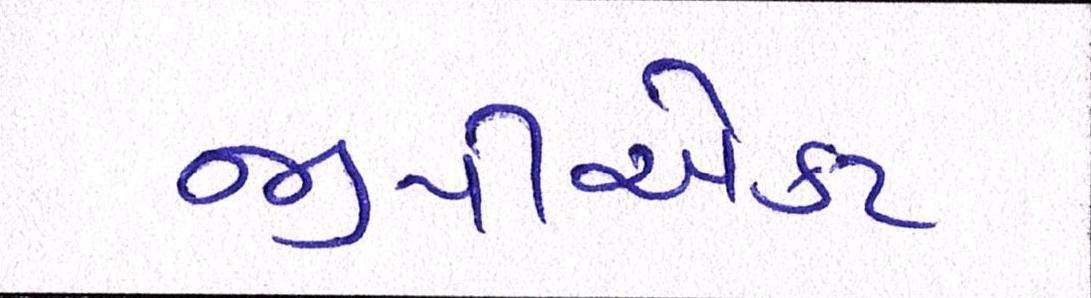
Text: જીપીએકટ